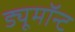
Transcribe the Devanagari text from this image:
ड्यूमॉन्ट